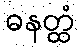
ဓနတ္ထံ